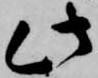
此